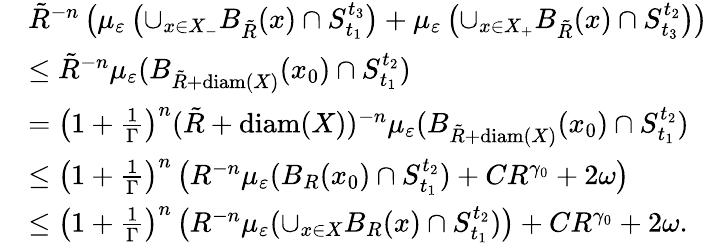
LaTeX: \begin{array}{rl}&{\tilde{R}^{-n}\left(\mu_{\varepsilon}\left(\cup_{x\in X_{-}}B_{\tilde{R}}(x)\cap S_{t_{1}}^{t_{3}}\right)+\mu_{\varepsilon}\left(\cup_{x\in X_{+}}B_{\tilde{R}}(x)\cap S_{t_{3}}^{t_{2}}\right)\right)}\\ &{\leq\tilde{R}^{-n}\mu_{\varepsilon}(B_{\tilde{R}+\mathrm{diam}(X)}(x_{0})\cap S_{t_{1}}^{t_{2}})}\\ &{=\left(1+\frac{1}{\Gamma}\right)^{n}(\tilde{R}+\mathrm{diam}(X))^{-n}\mu_{\varepsilon}(B_{\tilde{R}+\mathrm{diam}(X)}(x_{0})\cap S_{t_{1}}^{t_{2}})}\\ &{\leq\left(1+\frac{1}{\Gamma}\right)^{n}\left(R^{-n}\mu_{\varepsilon}(B_{R}(x_{0})\cap S_{t_{1}}^{t_{2}})+CR^{\gamma_{0}}+2\omega\right)}\\ &{\leq\left(1+\frac{1}{\Gamma}\right)^{n}\left(R^{-n}\mu_{\varepsilon}(\cup_{x\in X}B_{R}(x)\cap S_{t_{1}}^{t_{2}})\right)+CR^{\gamma_{0}}+2\omega.}\end{array}